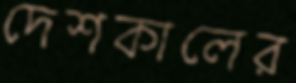
দেশকালের